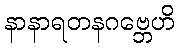
နာနာရတနဂဗ္ဘေဟိ